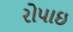
રોપાઇ